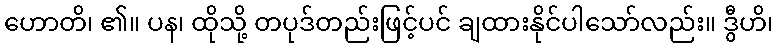
ဟောတိ၊ ၏။ ပန၊ ထိုသို့ တပုဒ်တည်းဖြင့်ပင် ချထားနိုင်ပါသော်လည်း။ ဒွီဟိ၊